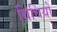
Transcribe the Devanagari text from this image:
विधियो